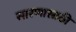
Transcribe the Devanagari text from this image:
सारणासाठी